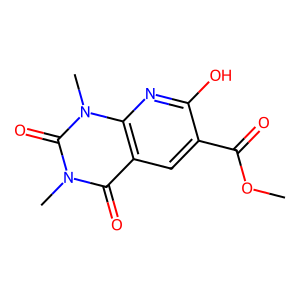
SMILES: COC(=O)c1cc2c(=O)n(C)c(=O)n(C)c2nc1O
Inhibits HIV replication: No